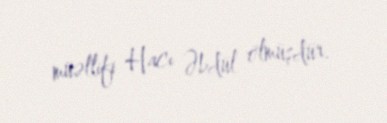
müəllifi Hacı Əbdül ölmüşdür.